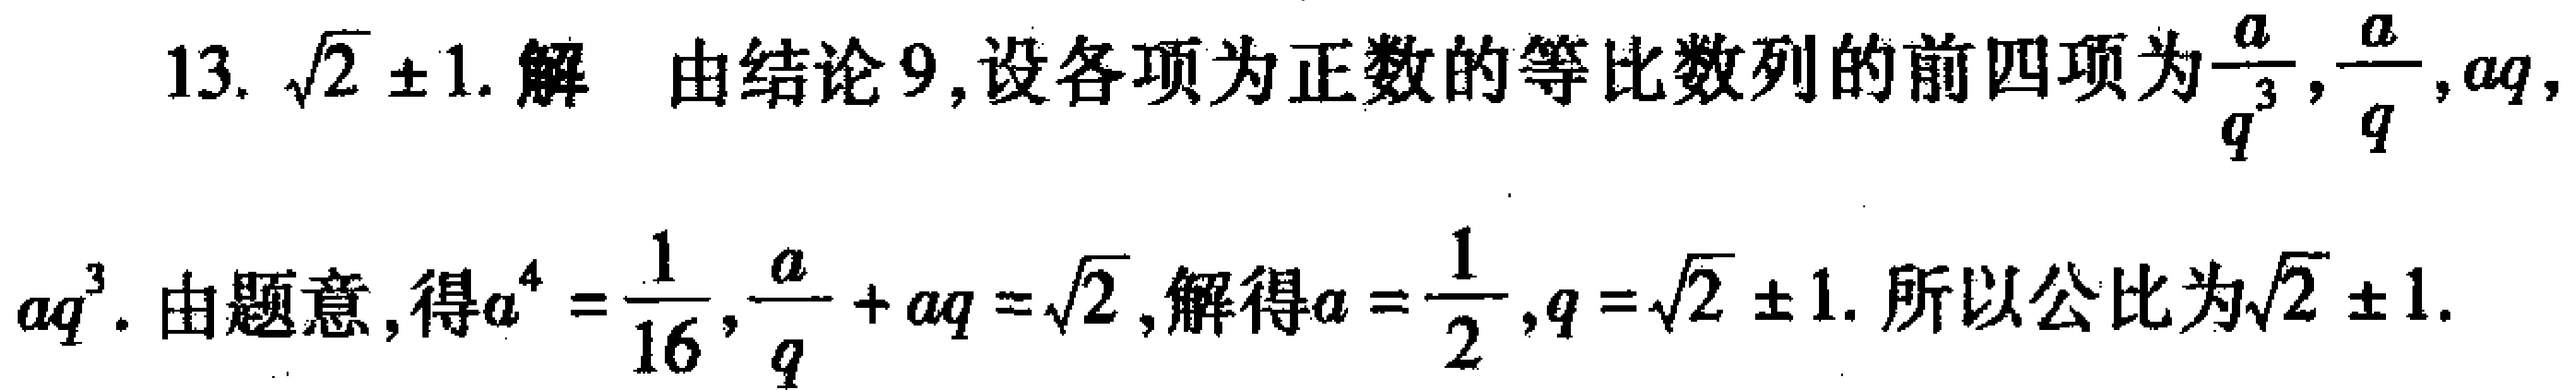
13. $\sqrt{2} \pm 1$. 解 由结论9,设各项为正数的等比数列的前四项为$\frac{a}{q^{3}},\frac{a}{q},aq,$

$aq^{3}$. 由题意,得$a^{4}=\frac{1}{16},\frac{a}{q}+aq = \sqrt{2}$,解得$a=\frac{1}{2},q = \sqrt{2} \pm 1$. 所以公比为$\sqrt{2} \pm 1$.